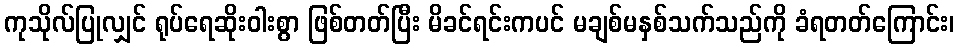
ကုသိုလ်ပြုလျှင် ရုပ်ရေဆိုးဝါးစွာ ဖြစ်တတ်ပြီး မိခင်ရင်းကပင် မချစ်မနှစ်သက်သည်ကို ခံရတတ်ကြောင်း၊